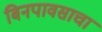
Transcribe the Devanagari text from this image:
बिनपावसाचा